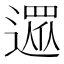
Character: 𨖙